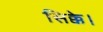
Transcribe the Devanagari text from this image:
सिक्के।